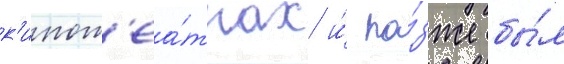
к'инот'еа́трах и́ по́зже бы́л